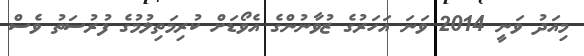
މިއަދު ވަނީ 2014 ވަނަ އަހަރުގެ ޒުވާނުންގެ އެވޯޑަށް ކުރިމަތިލުމުގެ ފުރުސަތު ވެސް